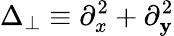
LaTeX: \Delta_{\perp}\equiv\partial_{x}^{2}+\partial_{\mathbf{y}}^{2}